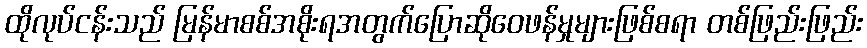
ထိုလုပ်ငန်းသည် မြန်မာစစ်အစိုးရအတွက်ပြောဆိုဝေဖန်မှုများဖြစ်စရာ တစ်ဖြည်းဖြည်း